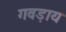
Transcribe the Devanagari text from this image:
गवड़ाय